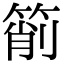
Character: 箾